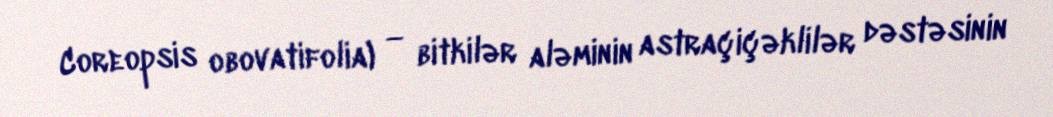
Coreopsis obovatifolia) — bitkilər aləminin astraçiçəklilər dəstəsinin